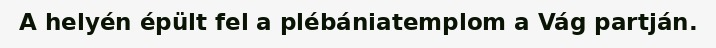
A helyén épült fel a plébániatemplom a Vág partján.